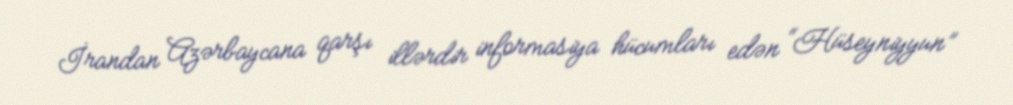
İrandan Azərbaycana qarşı illərdir informasiya hücumları edən “Hüseyniyyun”